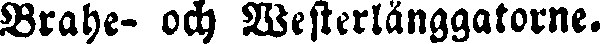
Brahe- och Westerlånggatorne.